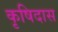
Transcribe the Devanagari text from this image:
कृषिदास